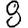
Digit: 8